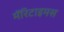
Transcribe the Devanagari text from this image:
मॅरिटाइमस